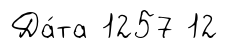
Да́та 1257 12